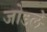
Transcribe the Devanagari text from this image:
जोडलें